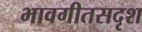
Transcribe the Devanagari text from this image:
भावगीतसदृश